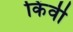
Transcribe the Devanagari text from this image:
किंवी